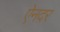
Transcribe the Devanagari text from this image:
ऐनदर